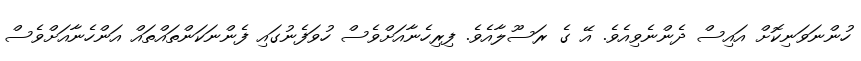
ހުންނަވަނިކޮށް އައިސް ދެންނެވިއެވެ. އޭ ގެ ރަސޫލާއެވެ. ފިރިހެނާއަށްވެސް ހުވަފެނުގައި ފެންނަކަންތައްތައް އަންހެނާއަށްވެސް